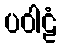
ပဝါဠံ